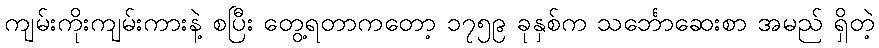
ကျမ်းကိုးကျမ်းကားနဲ့ စပြီး တွေ့ရတာကတော့ ၁၇၅၉ ခုနှစ်က သင်္ဘောဆေးစာ အမည် ရှိတဲ့